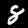
Label: 8